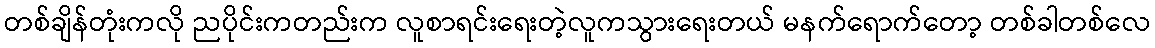
တစ်ချိန်တုံးကလို ညပိုင်းကတည်းက လူစာရင်းရေးတဲ့လူကသွားရေးတယ် မနက်ရောက်တော့ တစ်ခါတစ်လေ